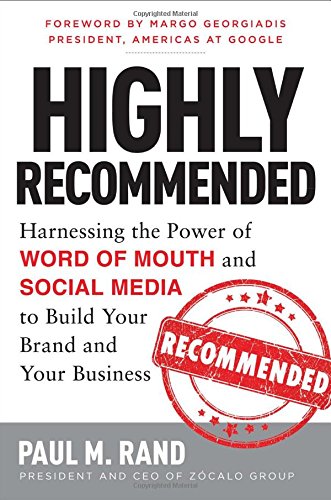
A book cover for Highly Recommended: Harnessing the Power of Word of Mouth and Social Media to Build Your Brand and Your Business; Paul M. Rand; Business & Money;